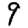
Digit: 9